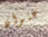
عنوان